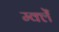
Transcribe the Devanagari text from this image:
म्क्लेँ